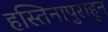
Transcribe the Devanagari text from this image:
हस्तिनापुराहून